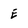
Character: E